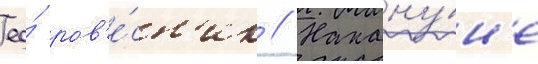
ео́ ров'е́сн'ик // Накану́н'е